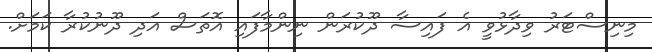
މިނިސްޓަރު ވިދާޅުވީ އެ ފައިސާ ދޫކުރަން ނިންމާފައި އޮތަސް އަދި ދޫނުކުރާ ކަމަށް.